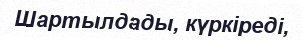
Шартылдады, күркіреді,